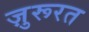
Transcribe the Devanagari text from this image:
ज़ुरूरत